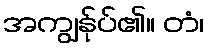
အကျွန်ုပ်၏။ တံ၊